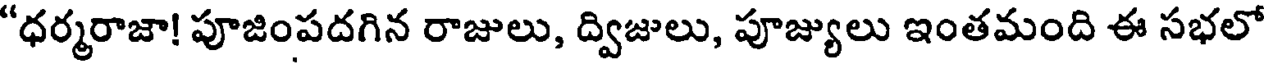
"ధర్మరాజా! పూజింపదగిన రాజులు, ద్విజులు, పూజ్యులు ఇంతమంది ఈ సభలో